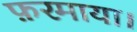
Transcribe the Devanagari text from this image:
फ़रमाया।